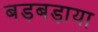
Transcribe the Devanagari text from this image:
बड़बड़ाया